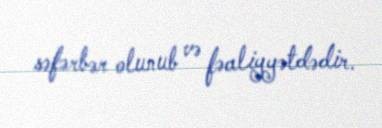
səfərbər olunub və fəaliyyətdədir.